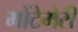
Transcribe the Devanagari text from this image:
मोंटेमेरी